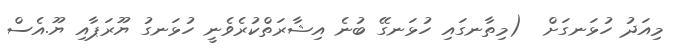
މިއަދު ހުޅަނގަށް  (މިތާނގައި ހުޅަނގޭ ބުނެ އިޝާރަތްކުރެވެނީ ހުޅަނގު ޔޫރަޕާއި ޔޫ.އެސް